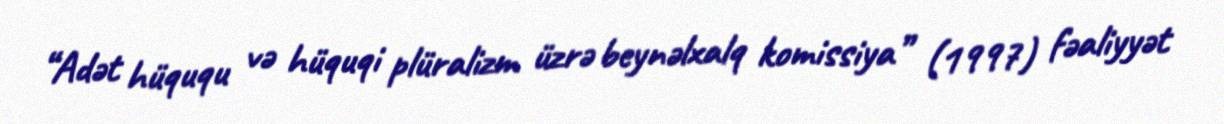
“Adət hüququ və hüquqi plüralizm üzrə beynəlxalq komissiya” (1997) fəaliyyət